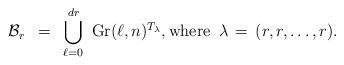
LaTeX: \begin{align*} \mathcal{B}_r \,\,\,=\,\, \, \bigcup_{\ell=0}^{dr}\, \,\mathrm{Gr}(\ell,n)^{T_\lambda}, \hbox{where}\,\,\, \lambda \,=\, (r,r,\ldots,r).\end{align*}